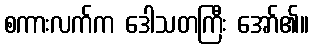
စကားလက်က ဒေါသတကြီး အော်၏။